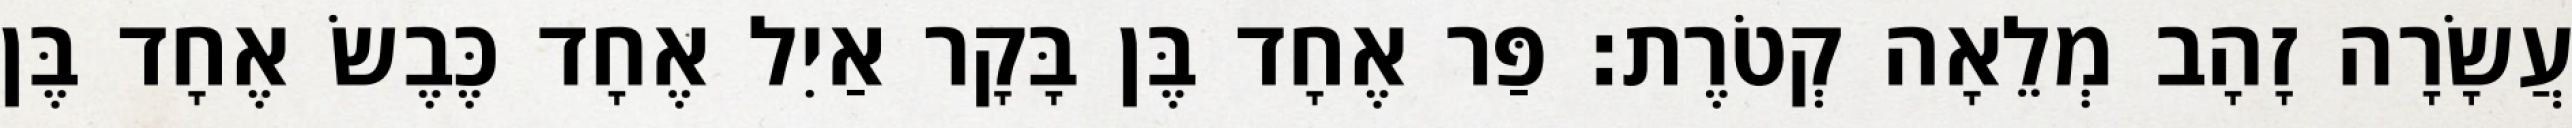
עֲשָׂרָה זָהָב מְלֵאָה קְטֹרֶת׃ פַּר אֶחָד בֶּן בָּקָר אַיִל אֶחָד כֶּבֶשׂ אֶחָד בֶּן